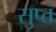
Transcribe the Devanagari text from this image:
सुप्तं